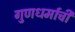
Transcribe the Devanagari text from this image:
गुणधर्माची